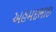
અહમદભાઇ